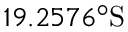
1 9 . 2 5 7 6 ^ { \circ } \mathrm { S }